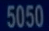
5050